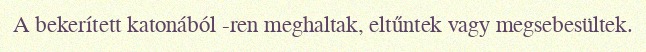
A bekerített katonából -ren meghaltak, eltűntek vagy megsebesültek.